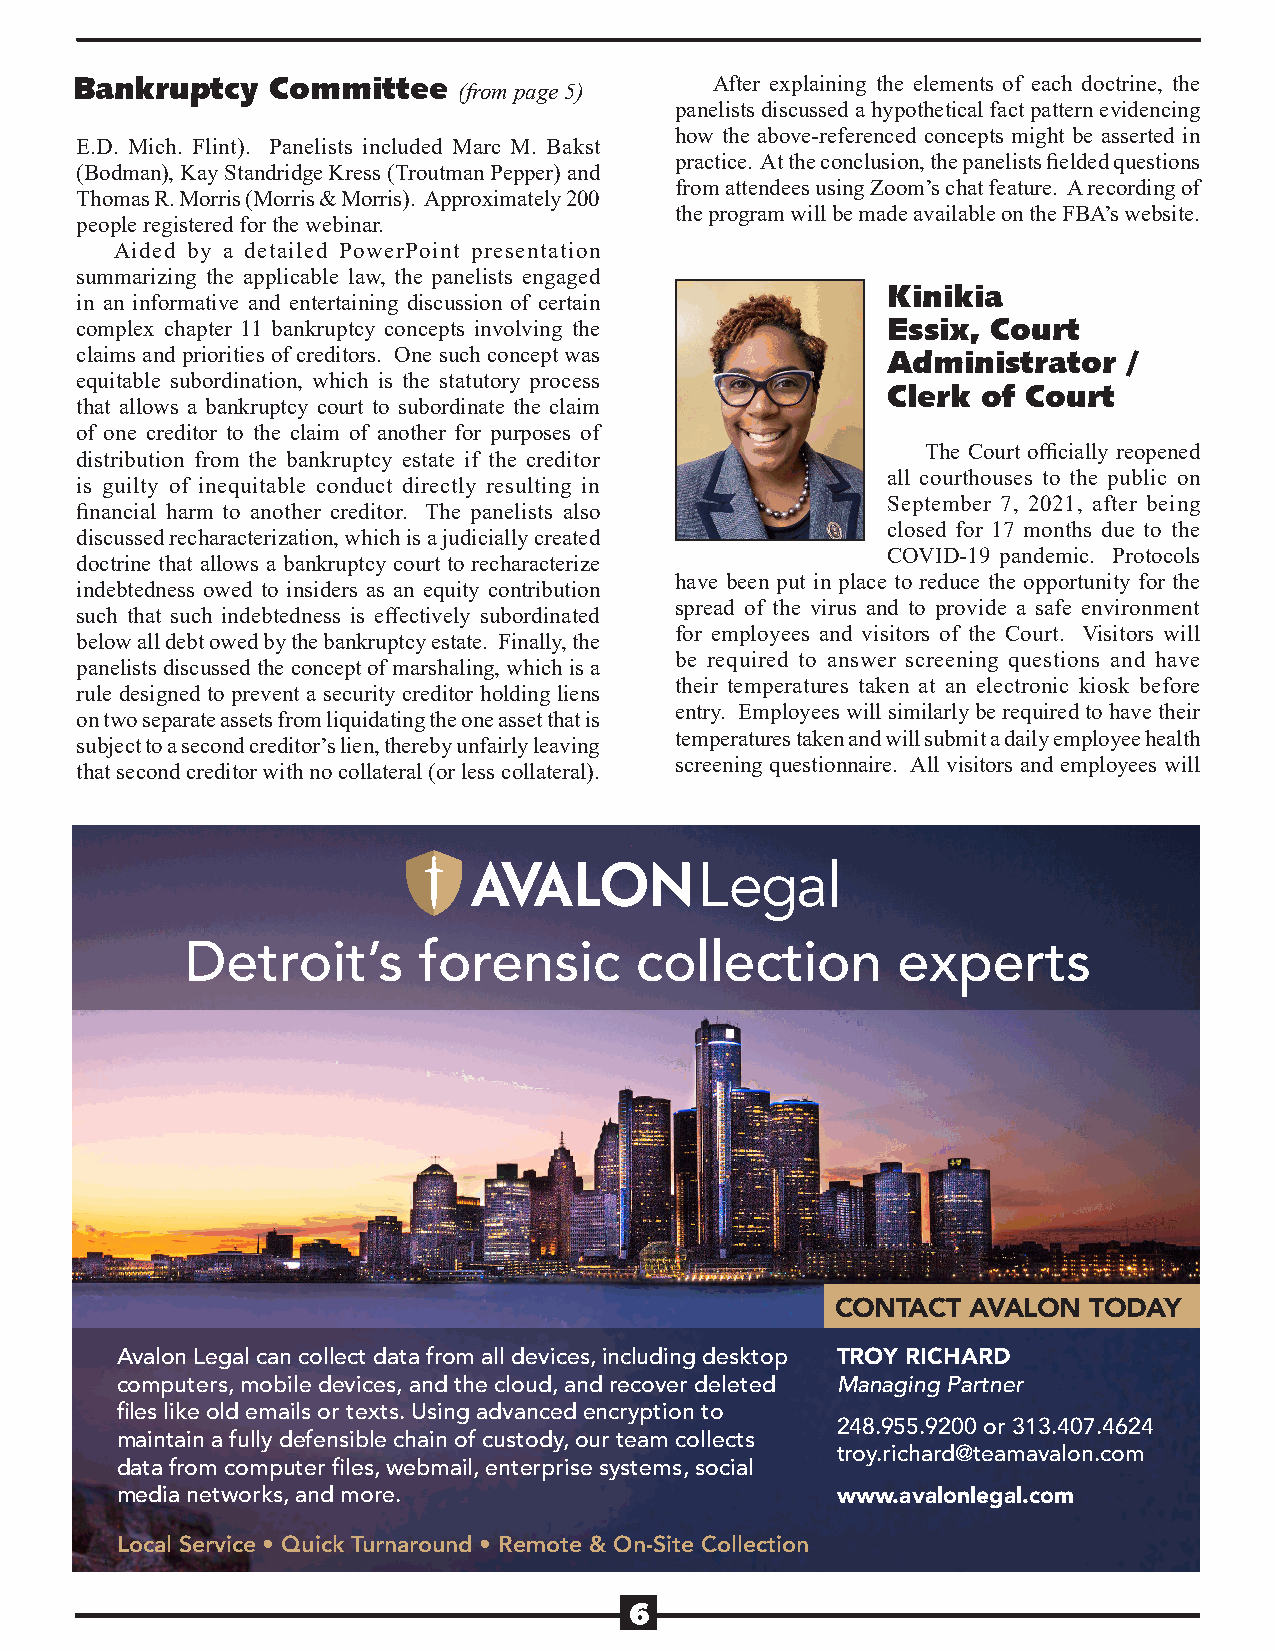
Bankruptcy   Committee                    After explaining the elements of each doctrine, the
 (from page 5)
 panelists discussed a hypothetical fact pattern evidencing
 how the above-referenced concepts might be asserted in
 E.D. Mich. Flint). Panelists included Marc M. Bakst
 practice. At the conclusion, the panelists fielded questions
 (Bodman), Kay Standridge Kress (Troutman Pepper) and
 from attendees using Zoom’s chat feature. A recording of
 Thomas R. Morris (Morris & Morris). Approximately 200
 the program will be made available on the FBA’s website.
 people registered for the webinar.
 Aided by a detailed PowerPoint presentation
 summarizing the applicable law, the panelists engaged
 Kinikia
 in an informative and entertaining discussion of certain
 complex chapter 11 bankruptcy concepts involving the  Essix, Court
 claims and priorities of creditors. One such concept was Administrator /
 equitable subordination, which is the statutory process
 Clerk of Court
 that allows a bankruptcy court to subordinate the claim
 of one creditor to the claim of another for purposes of
 The Court officially reopened
 distribution from the bankruptcy estate if the creditor
 all courthouses to the public on
 is guilty of inequitable conduct directly resulting in
 September 7, 2021, after being
 financial harm to another creditor. The panelists also
 closed for 17 months due to the
 discussed recharacterization, which is a judicially created
 COVID-19 pandemic. Protocols
 doctrine that allows a bankruptcy court to recharacterize
 have been put in place to reduce the opportunity for the
 indebtedness owed to insiders as an equity contribution
 spread of the virus and to provide a safe environment
 such that such indebtedness is effectively subordinated
 for employees and visitors of the Court. Visitors will
 below all debt owed by the bankruptcy estate. Finally, the
 be required to answer screening questions and have
 panelists discussed the concept of marshaling, which is a
 their temperatures taken at an electronic kiosk before
 rule designed to prevent a security creditor holding liens
 entry. Employees will similarly be required to have their
 on two separate assets from liquidating the one asset that is
 temperatures taken and will submit a daily employee health
 subject to a second creditor’s lien, thereby unfairly leaving
 screening questionnaire. All visitors and employees will
 that second creditor with no collateral (or less collateral).
 Detroit’s       forensic      collection       experts
 CONTACT  AVALON  TODAY
 Avalon Legal can collect data from all devices, including desktop TROY RICHARD
 computers, mobile devices, and the cloud, and recover deleted Managing Partner
 files like old emails or texts. Using advanced encryption to
 248.955.9200 or 313.407.4624
 maintain a fully defensible chain of custody, our team collects
 troy.richard@teamavalon.com
 data from computer files, webmail, enterprise systems, social
 media networks, and more.                      www.avalonlegal.com
 Local Service • Quick Turnaround • Remote & On-Site Collection
 6